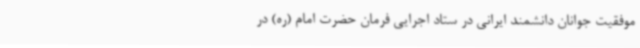
موفقیت جوانان دانشمند ایرانی در ستاد اجرایی فرمان حضرت امام (ره) در